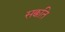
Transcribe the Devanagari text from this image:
सक्कति